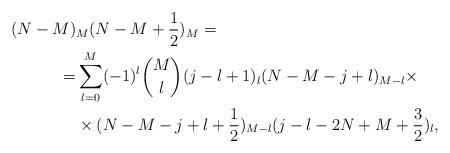
LaTeX: \begin{align*} (N-M)&_M(N-M+\frac{1}{2})_{M}=\\ =& \sum_{l=0}^M(-1)^{l}{M\choose l}(j-l+1)_l(N-M-j+l)_{M-l}\times\\ &\times (N-M-j+l+\frac{1}{2})_{M-l}(j-l-2N+M+\frac{3}{2})_{l}, \end{align*}